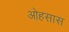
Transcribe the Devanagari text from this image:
ओहसास